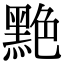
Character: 䵥